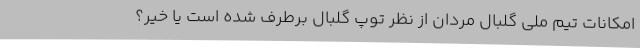
امکانات تیم ملی گلبال مردان از نظر توپ گلبال برطرف شده است یا خیر؟